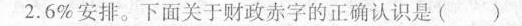
2.6%安排。下面关于财政赤字的正确认识是( )